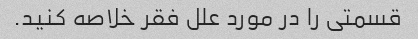
قسمتی را در مورد علل فقر خلاصه کنید.